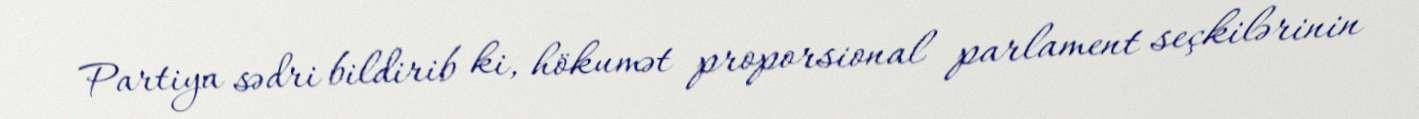
Partiya sədri bildirib ki, hökumət proporsional parlament seçkilərinin